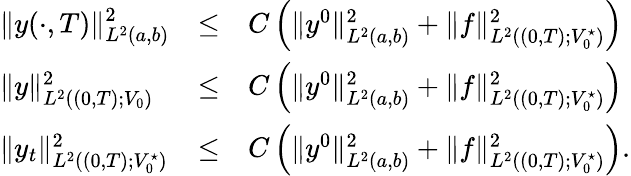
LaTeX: \begin{array}{lll}{\displaystyle\| y(\cdot,T)\| _{L^{2}(a,b)}^{2}}&{\leq}&{C\left(\| y^{0}\| _{L^{2}(a,b)}^{2}+\| f\| _{L^{2}((0,T);V_{0}^{\star})}^{2}\right)}\\ {\| y\| _{L^{2}((0,T);V_{0})}^{2}}&{\leq}&{C\left(\| y^{0}\| _{L^{2}(a,b)}^{2}+\| f\| _{L^{2}((0,T);V_{0}^{\star})}^{2}\right)}\\ {\| y_{t}\| _{L^{2}((0,T);V_{0}^{\star})}^{2}}&{\leq}&{C\left(\| y^{0}\| _{L^{2}(a,b)}^{2}+\| f\| _{L^{2}((0,T);V_{0}^{\star})}^{2}\right).}\end{array}